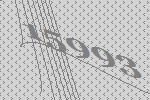
15993